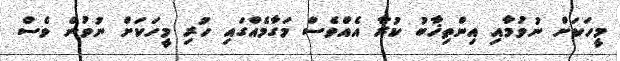
މީހަކަށް ނުވުމާއި އިންތިޚާބު ކުރާ އެއްވެސް މަގާމެއްގައި ހުރި މީހަކަށް ނުވުން ވެސް